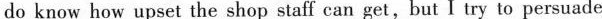
do know how upset the shop staff can get,but I try to persuade